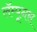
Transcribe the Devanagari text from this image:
लॅम्पूनस